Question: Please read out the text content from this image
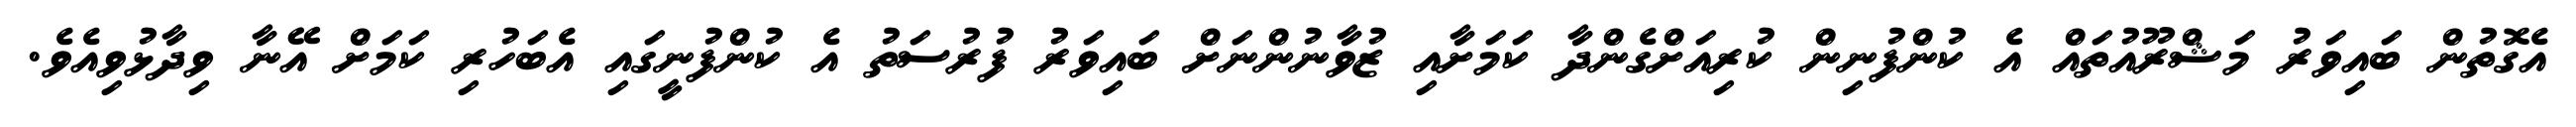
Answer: އެގޮތުން ބައިވަރު މަޝްރޫއުތައް އެ ކުންފުނިން ކުރިއަށްގެންދާ ކަމަށާއި ޒުވާނުންނަށް ބައިވަރު ފުރުސަތު އެ ކުންފުނީގައި އެބަހުރި ކަމަށް އޭނާ ވިދާޅުވިއެވެ.